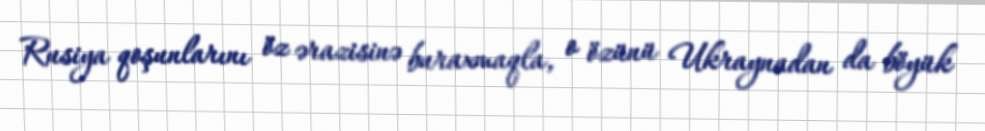
Rusiya qoşunlarını öz ərazisinə buraxmaqla, o özünü Ukraynadan da böyük